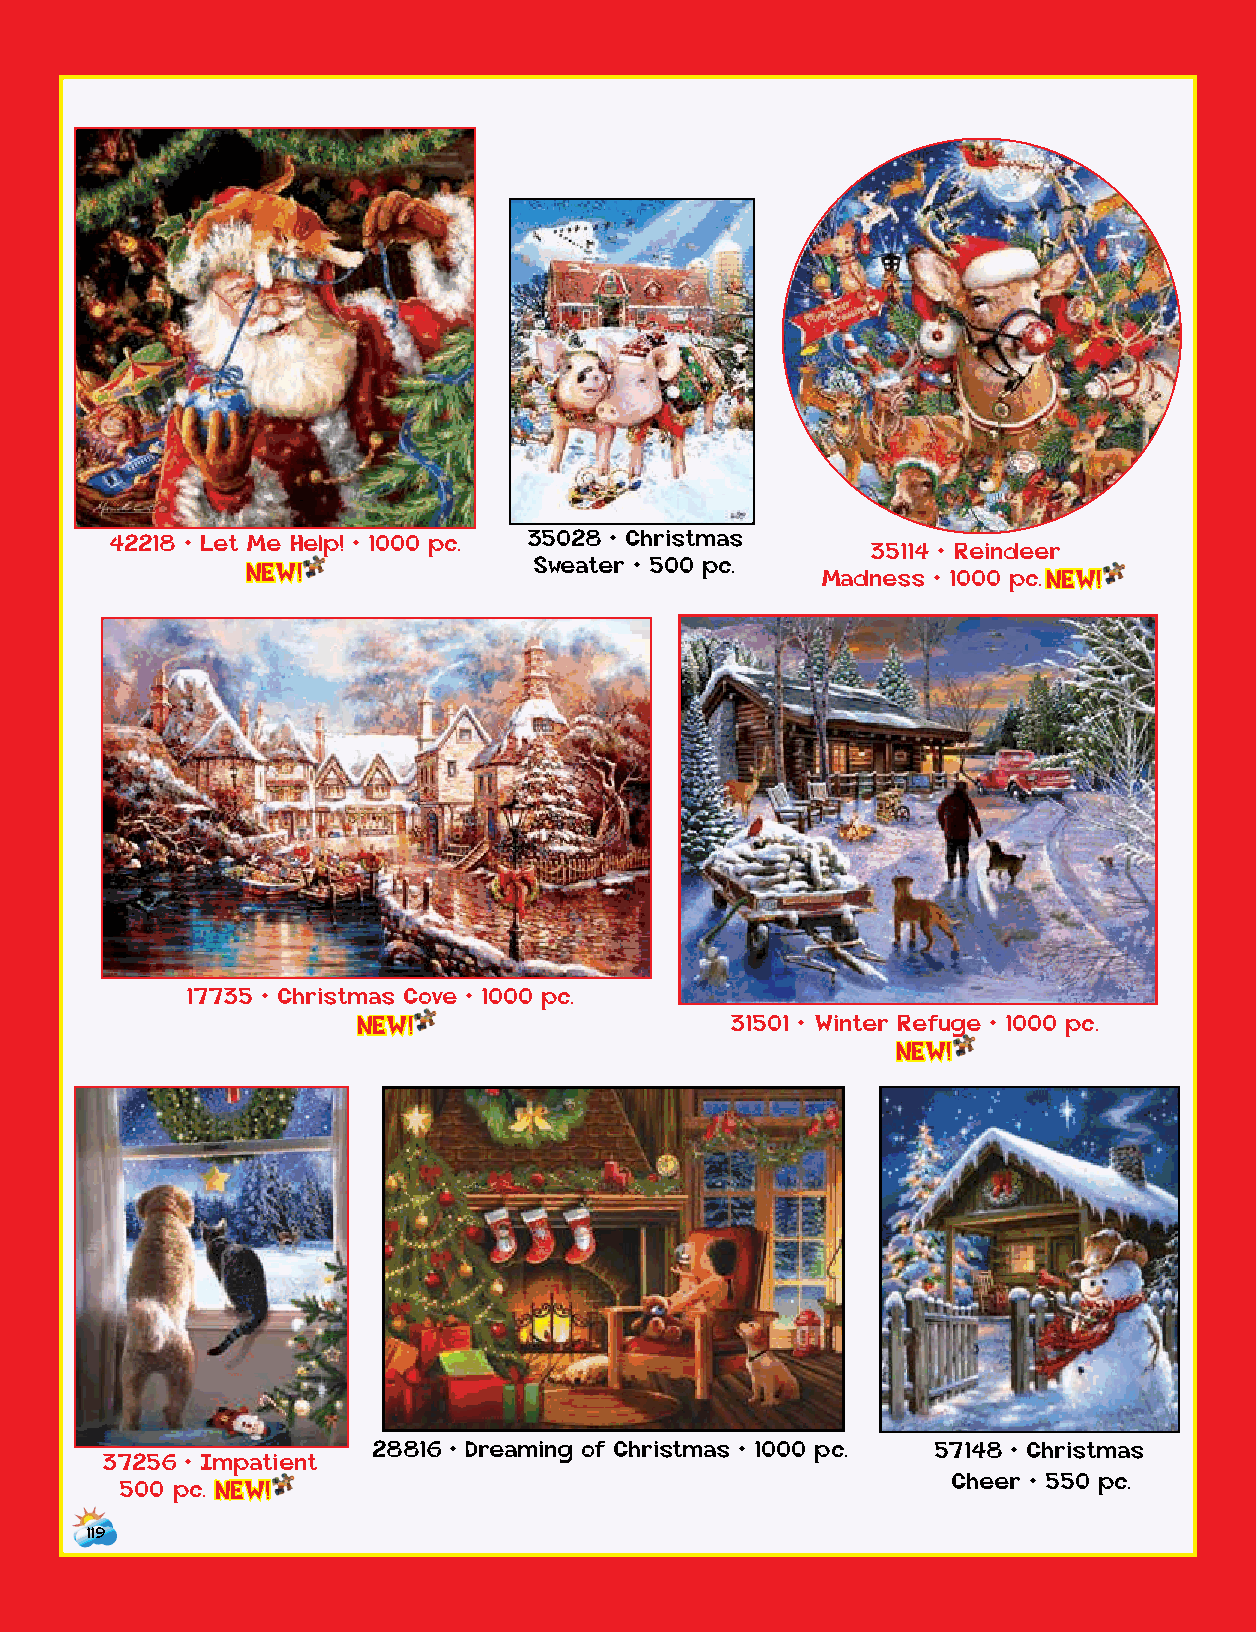
35964 • Christmas Cookies
 42218 • Let Me Help! • 1000 pc. 35028 • Christmas
 35114 • Reindeer
 Sweater • 500 pc.
 NEW!                                  Madness • 1000 p c . NEW!
 23076 • Going Through the
 Bridge
 17735 • Christmas Cove • 1000 pc.
 NEW!                    31501 • Winter Refuge • 1000 pc.
 NEW!
 37160 • Stockings Full of
 Kittens
 28816 • Dreaming of Christmas • 1000 pc. 57148 • Christmas
 37256 • Impatient
 Cheer • 550 pc.
 500 p c . NEW!
 119